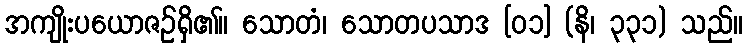
အကျိုးပယောဇဉ်ရှိ၏။ သောတံ၊ သောတပသာဒ [၀၁] (နိ၊ ၃၃၁) သည်။